NAE_ERA_R-1665_Eesti_Kunstnike_Liit, lk 22
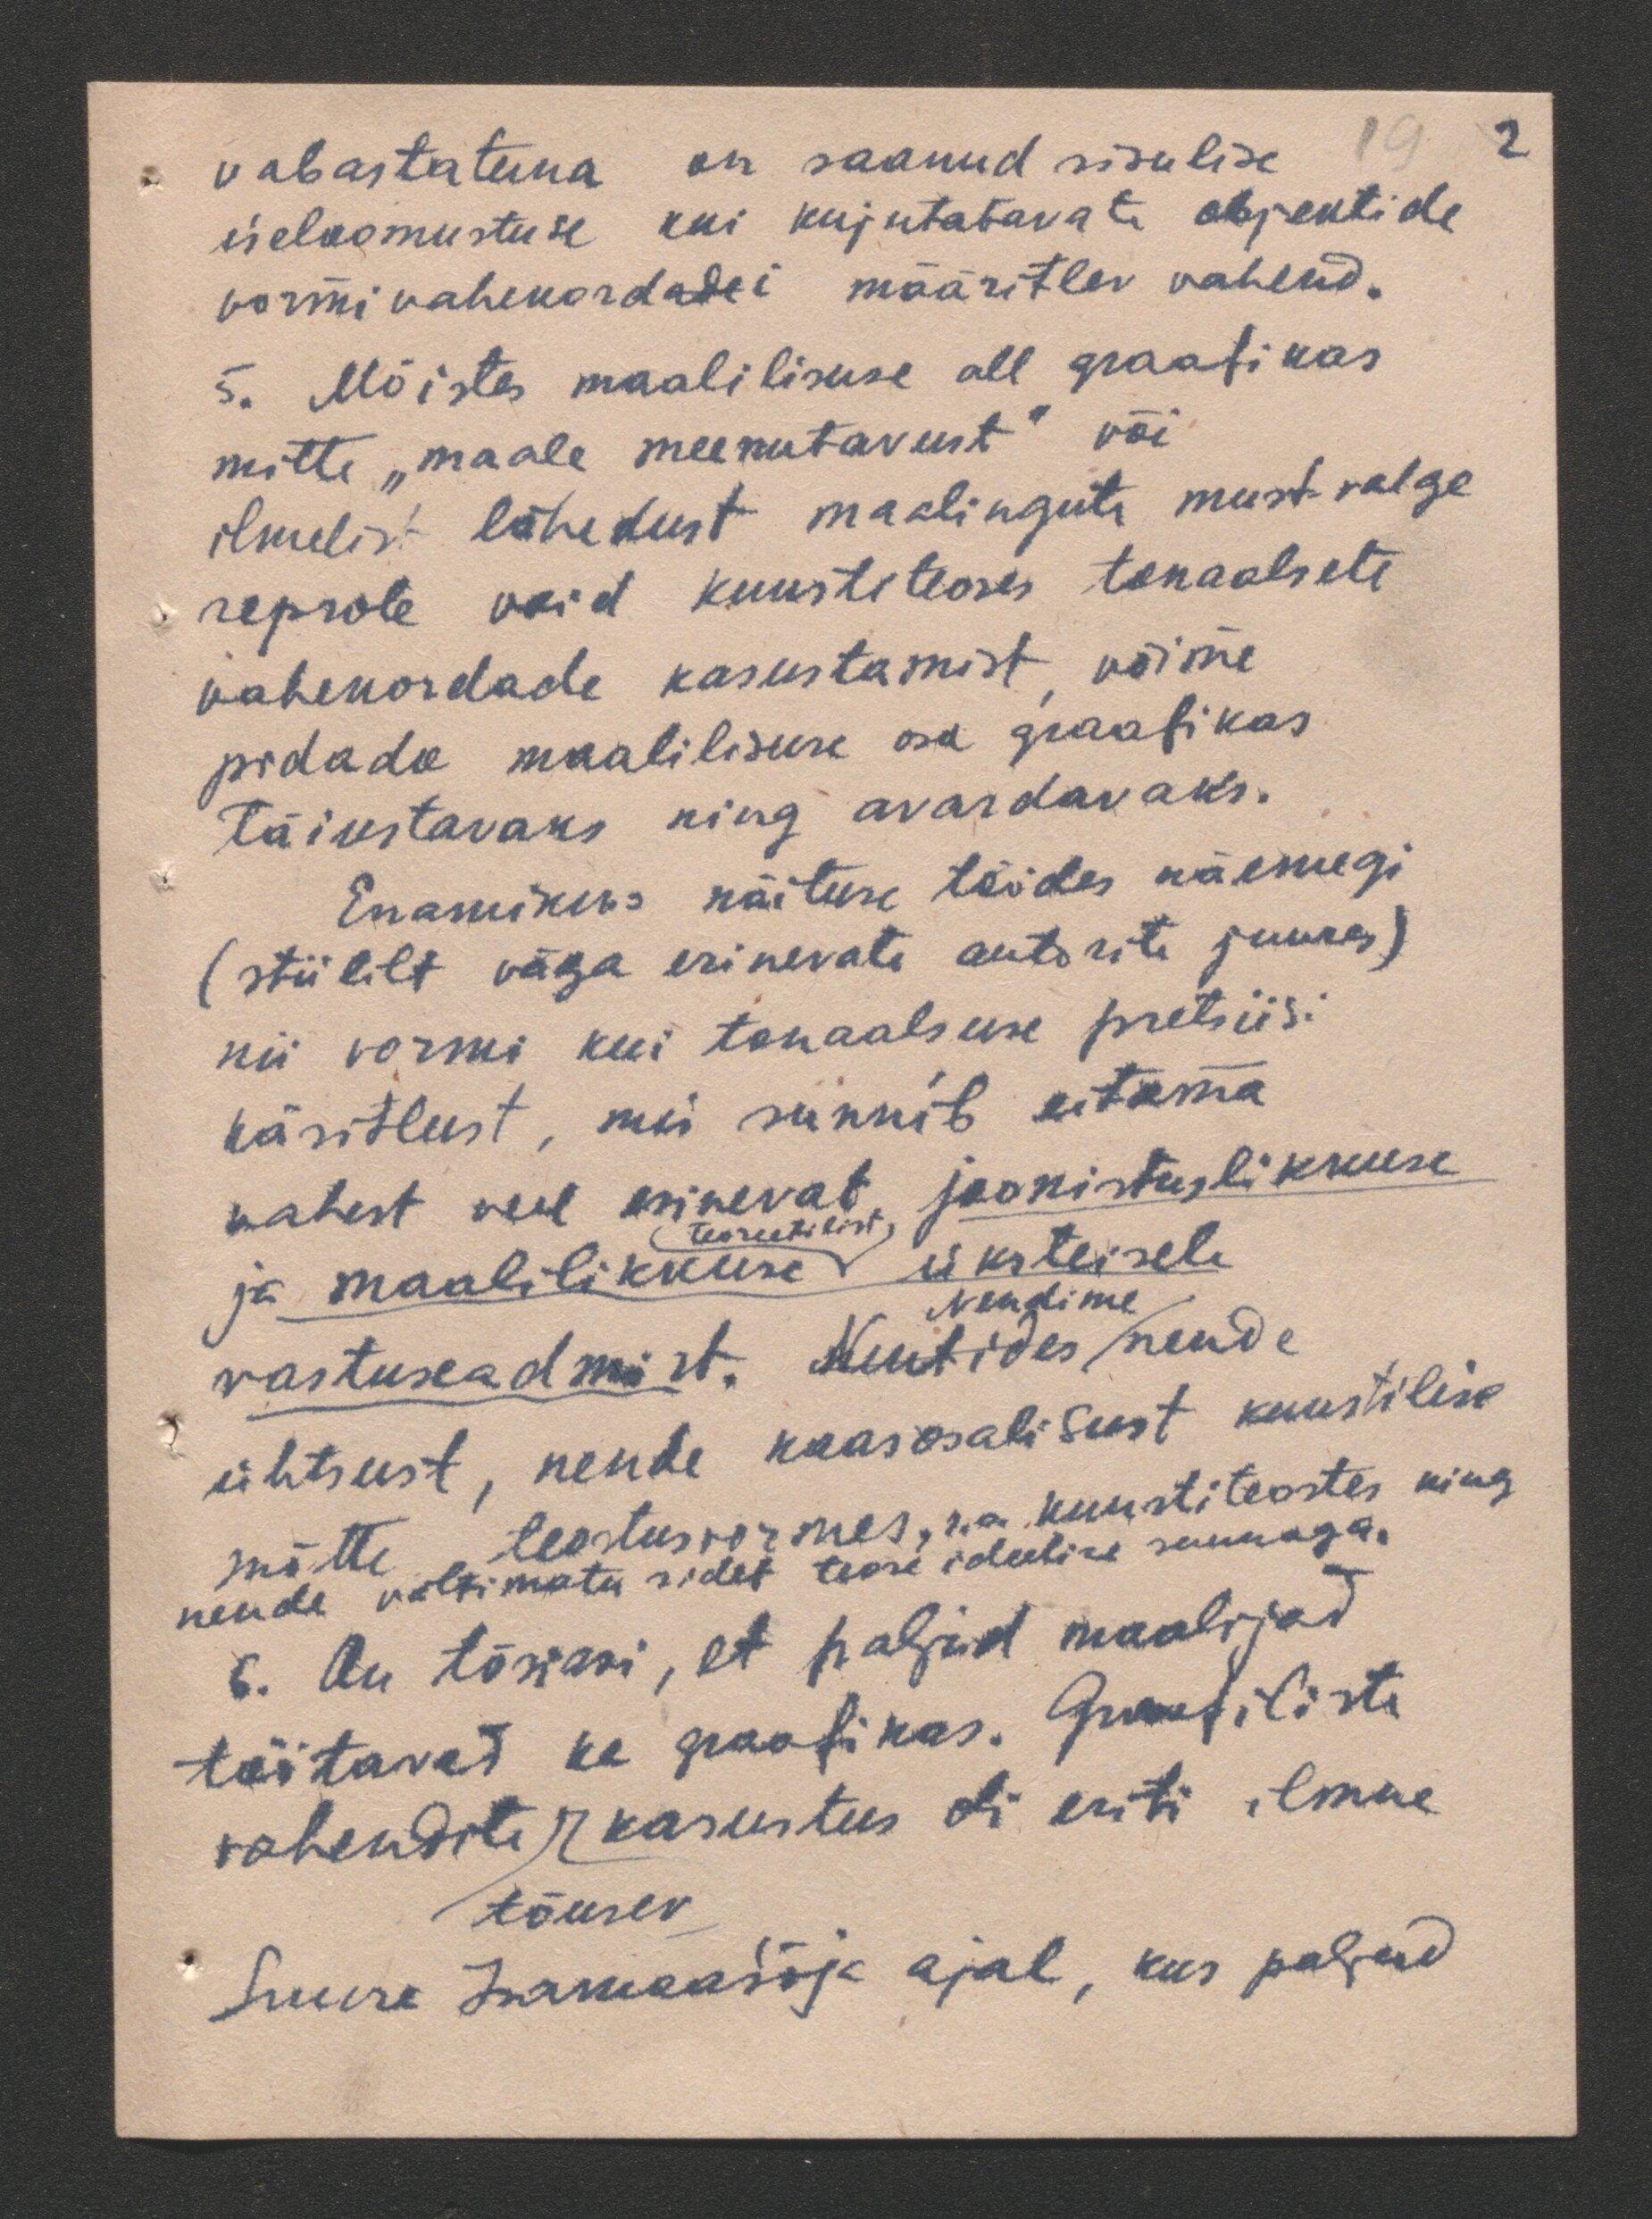
vabastatuna on saanud sisulise
iseloomustuse kui kujutatavate objektide
vormivahekordadei määritlev vahend.
5. Mõistes maalilisuse all graafikas
mitte "maale meenutavust" või
ilmelist lähedust maalingute must-valge
reprole vaid kunstiteoses tonaalsete
vahekordade kasustamist, võime
pidada maalilisuse osa graafikas
täiustavaks ning avardavaks.
Enamikus näituse töödes näemegi
(stiililt väga erinevate autorite juures)
nii vormi kui tonaalsuse pretsiisi
käsitlust, mis sunnib eitama
vahest veel esinevat joonistuslikkuse
ja maalilikkuse üksteisele
teoreetilist
Nendime
vastuseadmist. Nentides nende
ühtsust, nende kaasosalisust kunstilise
mõtte teostusvormes, s.o. kunstiteostes ning
nende vältimatu sidet teose ideelise suunaga.
6. On tõsiasi, et paljud maalijad
töötavad ka graafikas. Graafiliste
vahendite kasutus oli eriti ilmne
tõusev
Suure Isamaasõja ajal, kus paljud